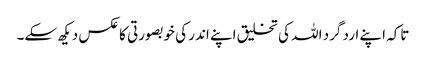
تاکہ اپنے ارد گرد اللہ کی تخلیق اپنے اندر کی خوبصورتی کا عکس دیکھ سکے۔